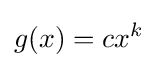
g(x)=cx^{k}